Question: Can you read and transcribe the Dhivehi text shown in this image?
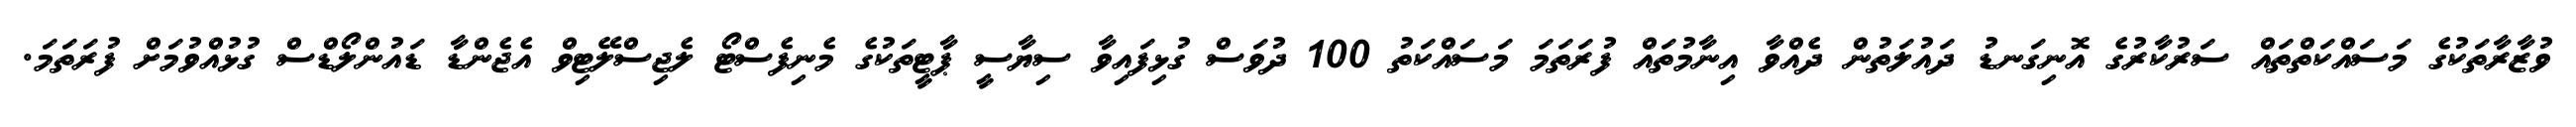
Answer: ވުޒާރާތަކުގެ މަސައްކަތްތައް ސަރުކާރުގެ އޮނިގަނޑު ދައުލަތުން ދެއްވާ އިނާމުތައް ފުރަތަމަ މަސައްކަތު 100 ދުވަސް ގުޅިފައިވާ ސިޔާސީ ޕާޓީތަކުގެ މެނިފެސްޓޯ ލެޖިސްލޭޓިވް އެޖެންޑާ ޑައުންލޯޑްސް ގުޅުއްވުމަށް ފުރަތަމަ.